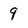
Character: 9